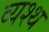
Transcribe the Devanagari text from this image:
व्यश्थ